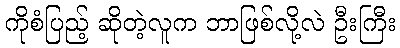
ကိုစံပြည့် ဆိုတဲ့လူက ဘာဖြစ်လို့လဲ ဦးကြီး